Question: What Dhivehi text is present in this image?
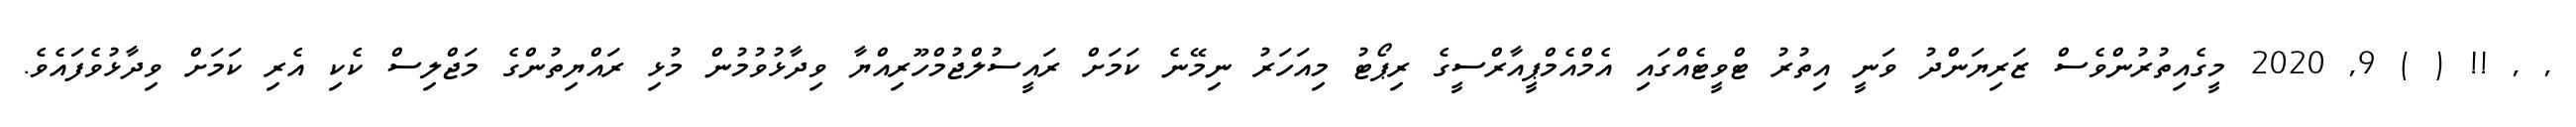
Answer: , , !! ( ) 9, 2020 މީގެއިތުރުންވެސް ޒަރިޔަންދު ވަނީ އިތުރު ޓްވީޓެއްގައި އެމްއެމްޕީއާރްސީގެ ރިޕޯޓު މިއަހަރު ނިމޭނެ ކަމަށް ރައީސުލްޖުމްހޫރިއްޔާ ވިދާޅުވުމުން މުޅި ރައްޔިތުންގެ މަޖްލިސް ކެކި އެރި ކަމަށް ވިދާޅުވެފައެވެ.